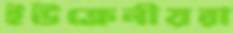
ইউক্রেনীয়রা